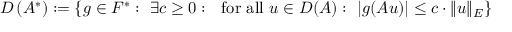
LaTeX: D \left( A ^ { * } \right) : = \left\{ g \in F ^ { * } : ~ \exists c \geq 0 : ~ { \mathrm { ~ f o r ~ a l l ~ } } u \in D ( A ) : ~ | g ( A u ) | \leq c \cdot \| u \| _ { E } \right\}